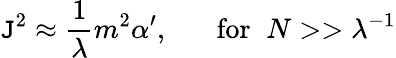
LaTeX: \mathtt{J}^{2}\approx\frac{{1}}{{\lambda}}m^{2}\alpha^{\prime},\; \; \; \; \; \; \mathrm{{for}}\; \; N>>\lambda^{-1}